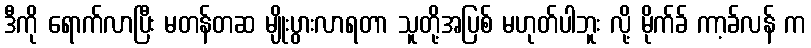
ဒီကို ရောက်လာပြီး မတန်တဆ မျိုးပွားလာရတာ သူတို့အပြစ် မဟုတ်ပါဘူး လို့ မိုက်ခ် ကာ့ခ်လန် က